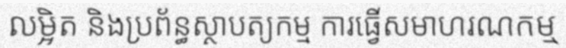
លម្អិត និងប្រព័ន្ធស្ថាបត្យកម្ម ការធ្វើសមាហរណកម្ម